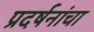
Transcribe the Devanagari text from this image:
प्रदर्षनांचा